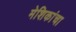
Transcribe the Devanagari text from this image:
मेशिकांचा